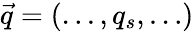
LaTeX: \vec{q}=(\dots,q_{s},\dots)